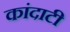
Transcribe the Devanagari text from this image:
कांदाटी